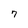
Character: 7